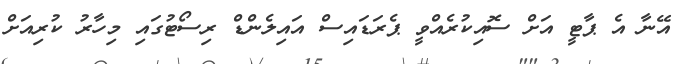
އޭނާ އެ ޕާޓީ އަށް ސޮއިކުރެއްވީ ޕެރަޑައިސް އައިލެންޑް ރިސޯޓުގައި މިހާރު ކުރިއަށް